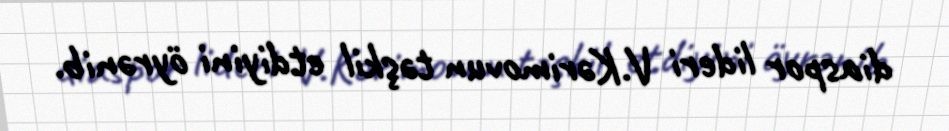
diaspor lideri V.Kərimovun təşkil etdiyini öyrənib.